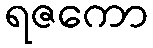
ရဇကော